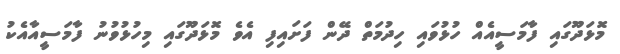
މޮޅަދޫގައި ފާމަސީއެއް ހުޅުވައި ހިދުމަތް ދޭން ފަށައިފި އެވެ މޮޅަދޫގައި މިހުޅުވުނު ފާމަސީއާއެކު